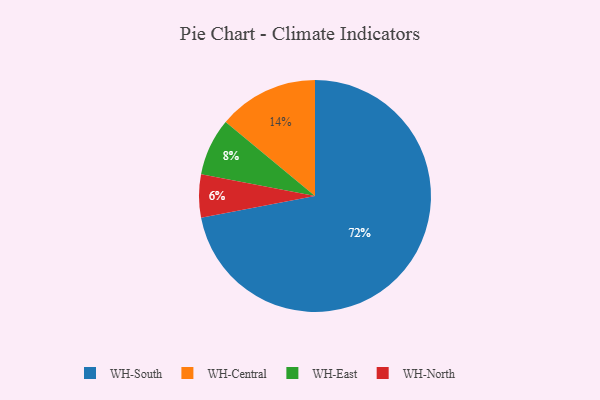
{"axis": {"x": "Category", "y": "Percentage"}, "legend": ["WH-Central", "WH-East", "WH-North", "WH-South"], "data": [{"x": "WH-North", "y": 6, "type": "WH-North"}, {"x": "WH-South", "y": 72, "type": "WH-South"}, {"x": "WH-Central", "y": 14, "type": "WH-Central"}, {"x": "WH-East", "y": 8, "type": "WH-East"}]}